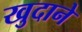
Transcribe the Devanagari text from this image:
खुदाने